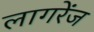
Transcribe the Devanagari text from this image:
लागरेंज